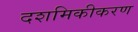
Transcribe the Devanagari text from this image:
दशमिकीकरण